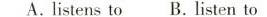
A.listens to B.listen to